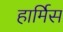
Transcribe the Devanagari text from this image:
हार्मिस